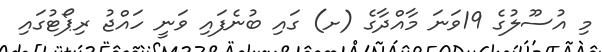
މި އުސޫލުގެ 19ވަނަ މާއްދާގެ (ށ) ގައި ބުނެފައި ވަނީ ހައްޖު ރިޕޯޓުގައި